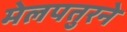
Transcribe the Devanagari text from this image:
मेलपतुरने